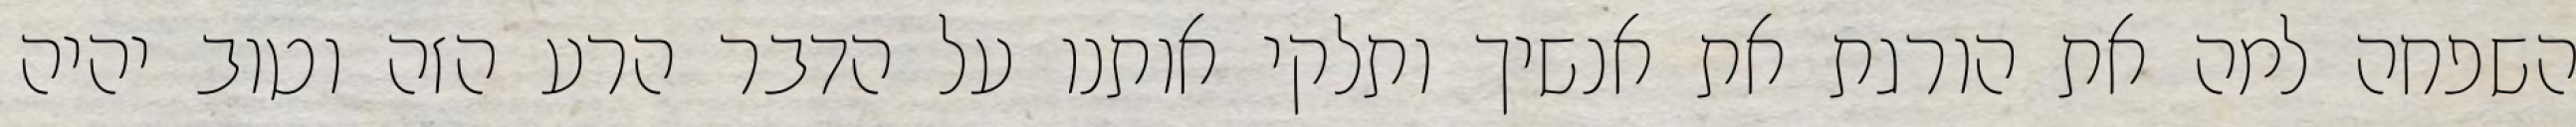
השפחה למה את הורגת את אנשיך ותלקי אותנו על הדבר הרע הזה וטוב יהיה